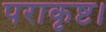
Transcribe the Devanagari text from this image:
पराकृष्ट।